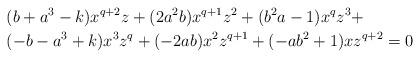
LaTeX: \begin{align*}& (b+a^3-k) x^{q+2} z + (2a^2 b) x^{q+1} z^2 + (b^2 a - 1) x^q z^3 + \\ & (-b - a^3 + k) x^3 z^q + (-2ab) x^2 z^{q+1} + (-ab^2+1) x z^{q+2} = 0 \end{align*}